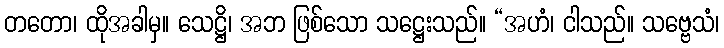
တတော၊ ထိုအခါမှ။ သေဋ္ဌိ၊ အဘ ဖြစ်သော သဋ္ဌေးသည်။ “အဟံ၊ ငါသည်။ သဗ္ဗေသံ၊